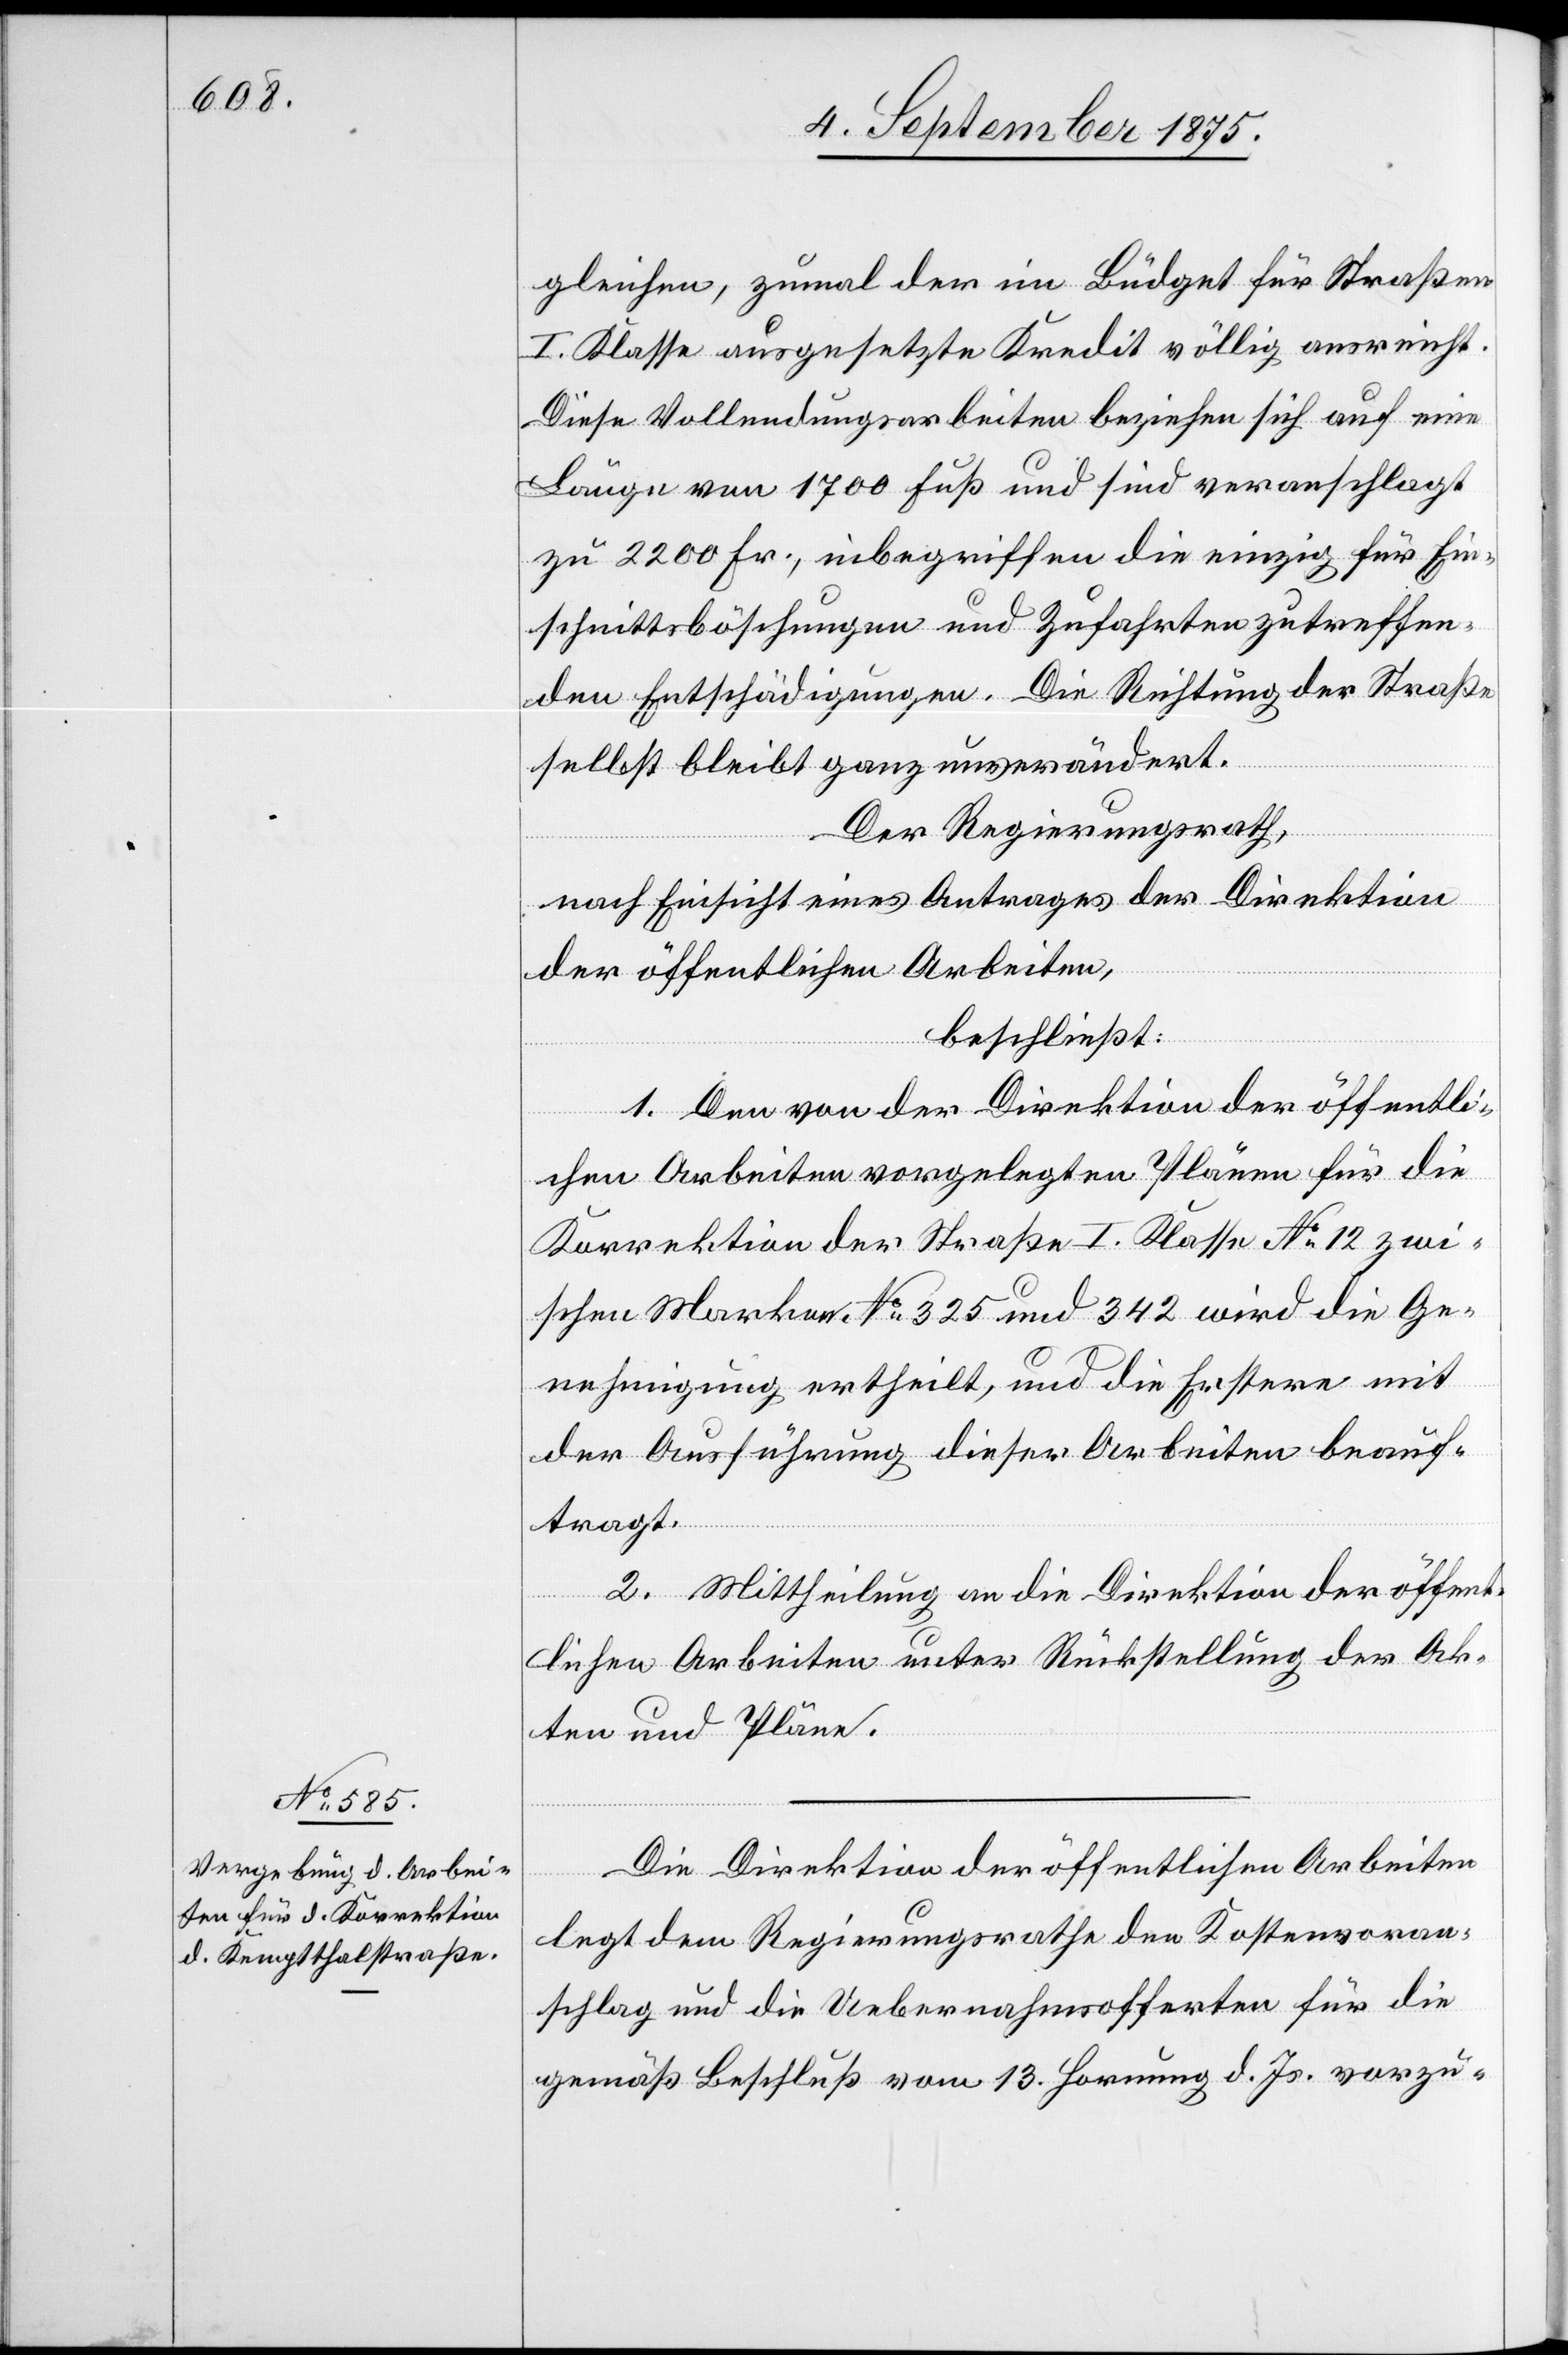
gleichen, zumal der im Büdget für Straßen
I. Klasse ausgesetzte Kredit völlig ausreicht.
Diese Vollendungsarbeiten beziehen sich auf eine
Länge von 1700 Fuß und sin veranschlagt
zu 2200 Fr., inbegriffen die einzig für die
schnittsböschungen und Zufahrten zutreffen¬
den Entschädigungen. Die Richtung der Straße
selbst bleibt ganz unverändert.
Der Regierungsrath,
nach Einsicht eines Antrages der Direktion
der öffentlichen Arbeiten,
beschließt:
1. Den von der Direktion der öffentli¬
chen Arbeiten vorgelegten Plänen für die
Korrektion der Straße I. Klasse No 12 zwi¬
schen Marken No 325 und 342 wird die Ge¬
nehmigung ertheilt, und die Erstere mit
der Ausführung dieser Arbeiten beauf¬
tragt.
2. Mittheilung an die Direktion der öffent¬
lichen Arbeiten unter Rückstellung der Ak¬
ten und Pläne.
Die Direktion der öffentlichen Arbeiten
Ein¬
legt dem Regierungsrathe den Kostenvoran¬
schlag und die Uebernahmsofferten für die
gemäß Beschluß vom 13. Hornung d. Js. vorzu-